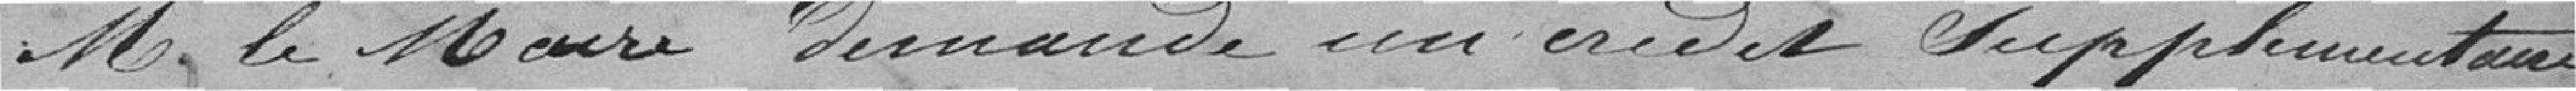
Monsieur le Maire demande un crédit supplémentaire